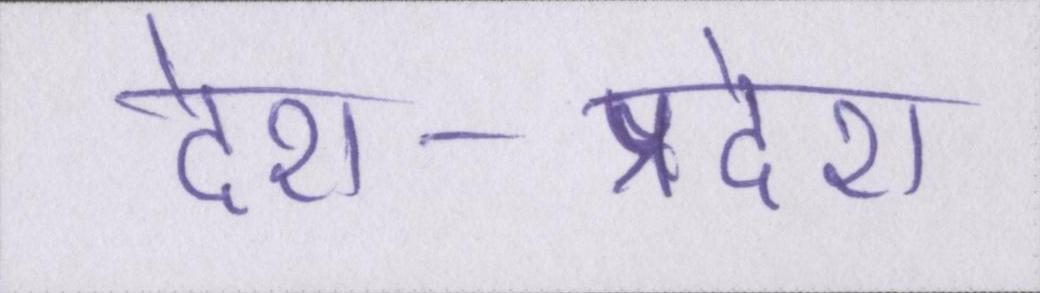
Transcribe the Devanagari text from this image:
देश-प्रदेश